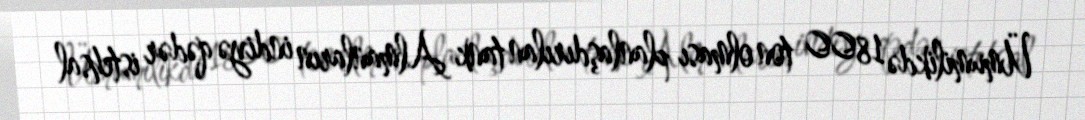
Ümumilikdə 1800 ton olması planlaşdırılan tank Almanların indiyə qədər istehsal